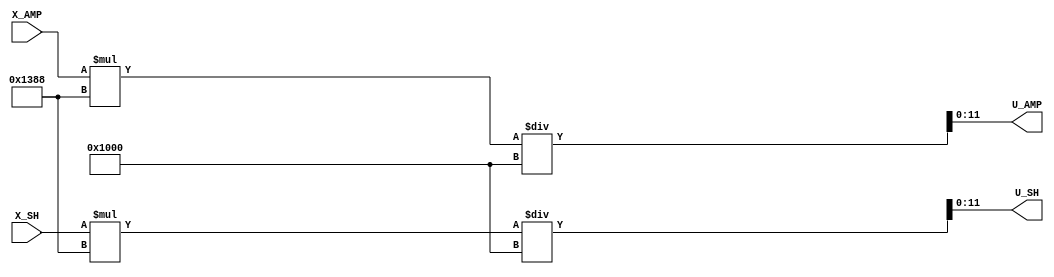
module MULT_BL (
input [10:0] X_AMP, output wire [11:0] U_AMP,
input [11:0] X_SH, output wire [11:0] U_SH);
wire [23:0]M_AMP=X_AMP*5000 ;
wire [23:0]M_SH=X_SH*5000 ;
assign U_AMP = M_AMP/4096 ; //U_AMP=X_AMP*5000/4096
assign U_SH = M_SH/4096 ; //U_SH=X_SH*5000/4096
endmodule